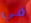
في